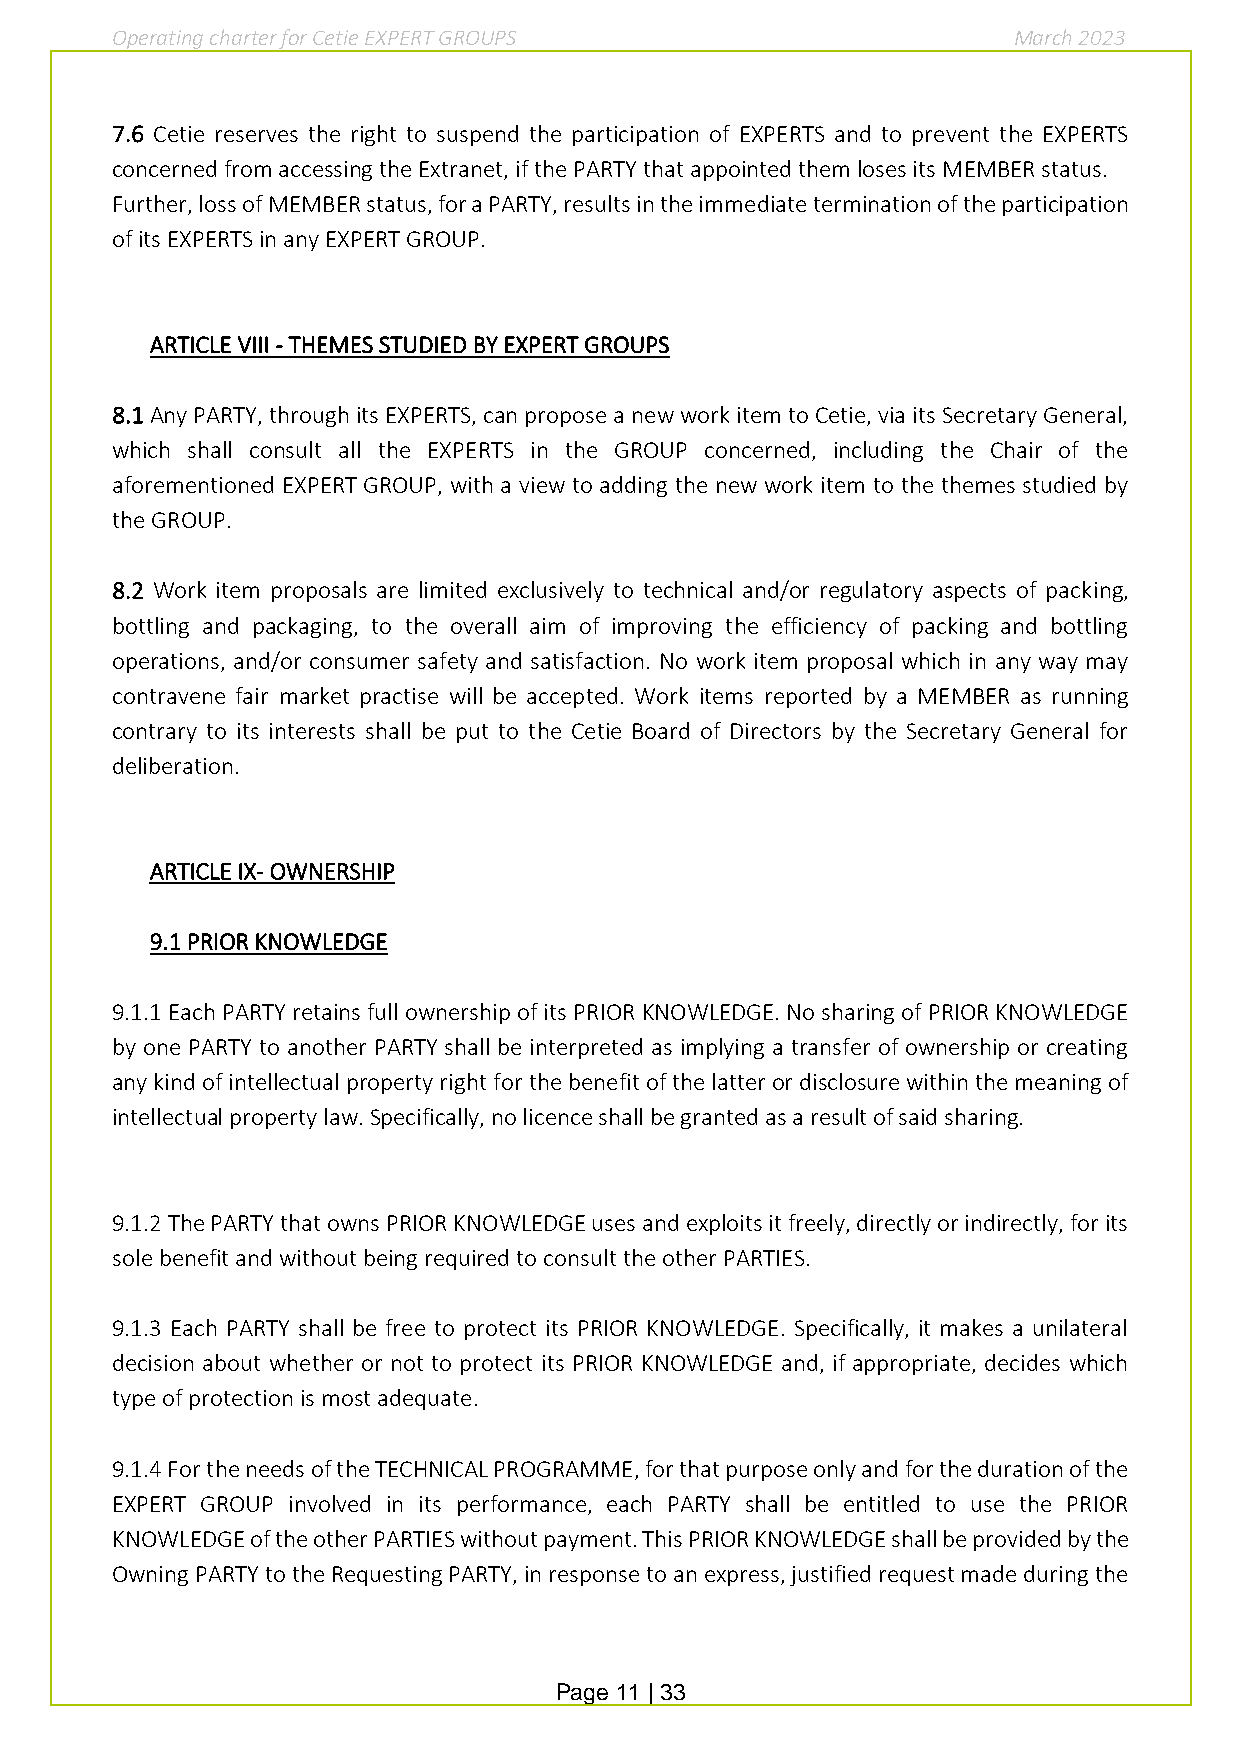
Operating charter for Cetie EXPERT GROUPS                   March 2023
 7.6 Cetie reserves the right to suspend the participation of EXPERTS and to prevent the EXPERTS
 concerned from accessing the Extranet, if the PARTY that appointed them loses its MEMBER status.
 Further, loss of MEMBER status, for a PARTY, results in the immediate termination of the participation
 of its EXPERTS in any EXPERT GROUP.
 ARTICLE VIII - THEMES STUDIED BY EXPERT GROUPS
 8.1 Any PARTY, through its EXPERTS, can propose a new work item to Cetie, via its Secretary General,
 which shall consult all the EXPERTS in the GROUP concerned, including the Chair of the
 aforementioned EXPERT GROUP, with a view to adding the new work item to the themes studied by
 the GROUP.
 8.2 Work item proposals are limited exclusively to technical and/or regulatory aspects of packing,
 bottling and packaging, to the overall aim of improving the efficiency of packing and bottling
 operations, and/or consumer safety and satisfaction. No work item proposal which in any way may
 contravene fair market practise will be accepted. Work items reported by a MEMBER as running
 contrary to its interests shall be put to the Cetie Board of Directors by the Secretary General for
 deliberation.
 ARTICLE IX- OWNERSHIP
 9.1 PRIOR KNOWLEDGE
 9.1.1 Each PARTY retains full ownership of its PRIOR KNOWLEDGE. No sharing of PRIOR KNOWLEDGE
 by one PARTY to another PARTY shall be interpreted as implying a transfer of ownership or creating
 any kind of intellectual property right for the benefit of the latter or disclosure within the meaning of
 intellectual property law. Specifically, no licence shall be granted as a result of said sharing.
 9.1.2 The PARTY that owns PRIOR KNOWLEDGE uses and exploits it freely, directly or indirectly, for its
 sole benefit and without being required to consult the other PARTIES.
 9.1.3 Each PARTY shall be free to protect its PRIOR KNOWLEDGE. Specifically, it makes a unilateral
 decision about whether or not to protect its PRIOR KNOWLEDGE and, if appropriate, decides which
 type of protection is most adequate.
 9.1.4 For the needs of the TECHNICAL PROGRAMME, for that purpose only and for the duration of the
 EXPERT GROUP involved in its performance, each PARTY shall be entitled to use the PRIOR
 KNOWLEDGE of the other PARTIES without payment. This PRIOR KNOWLEDGE shall be provided by the
 Owning PARTY to the Requesting PARTY, in response to an express, justified request made during the
 Page 11 | 33